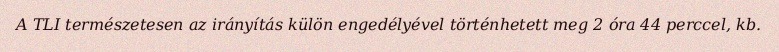
A TLI természetesen az irányítás külön engedélyével történhetett meg 2 óra 44 perccel, kb.